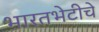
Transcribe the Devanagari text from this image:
भारतभेटीचे